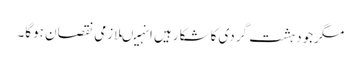
مگرجودہشت گردی کاشکارہیں انہیںلازمی نقصان ہوگا۔